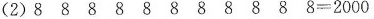
(2)$$8 8 8 8 8 8 8 8 8 8 8 = 2 0 0 0$$